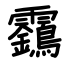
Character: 靎